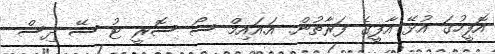
އޮފީހުގަ އުޅޭ އާފީގެ ފަރާތުން. އަ.އައިމް ސޯ ސޮރީ ޓު ސޭ ދިސް